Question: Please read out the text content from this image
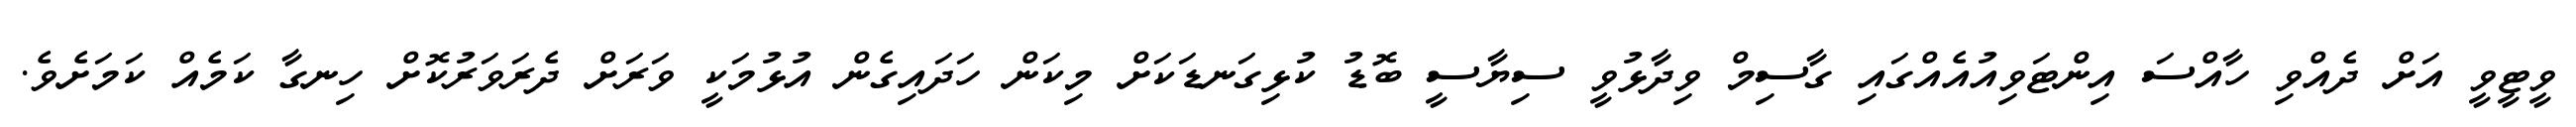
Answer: ވީޓީވީ އަށް ދެއްވި ހާއްސަ އިންޓަވިއުއެއްގައި ގާސިމް ވިދާޅުވީ ސިޔާސީ ބޮޑު ކުޅިގަނޑަކަށް މިކަން ހަދައިގެން އުޅުމަކީ ވަރަށް ދެރަވަރުކޮށް ހިނގާ ކަމެއް ކަމަށެވެ.